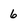
Character: 6